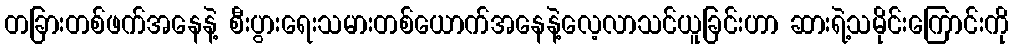
တခြားတစ်ဖက်အနေနဲ့ စီးပွားရေးသမားတစ်ယောက်အနေနဲ့လေ့လာသင်ယူခြင်းဟာ ဆားရဲ့သမိုင်းကြောင်းကို